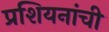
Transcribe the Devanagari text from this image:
प्रशियनांची